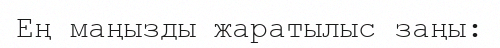
Ең маңызды жаратылыс заңы: